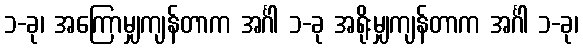
၁-ခု၊ အကြောမျှကျန်တာက အင်္ဂါ ၁-ခု အရိုးမျှကျန်တာက အင်္ဂါ ၁-ခု၊